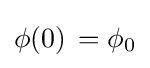
\phi (0)\,=\phi _{0}